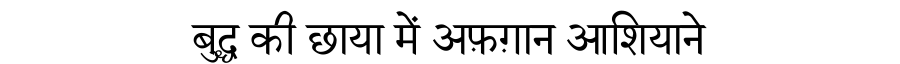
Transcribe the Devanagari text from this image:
बुद्ध की छाया में अफ़ग़ान आशियाने